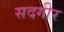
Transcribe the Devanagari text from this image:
सदगीर